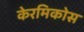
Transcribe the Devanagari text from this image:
केरमिकोस